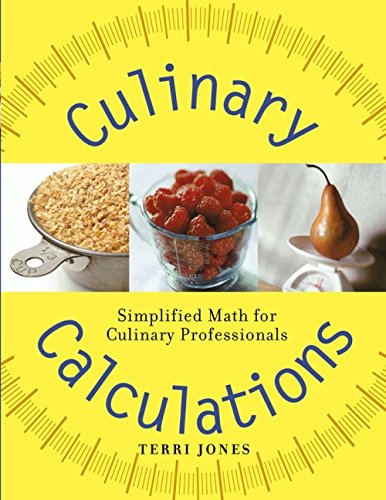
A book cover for Culinary Calculations: Simplified Math for Culinary Professionals; Terri Jones; Cookbooks, Food & Wine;